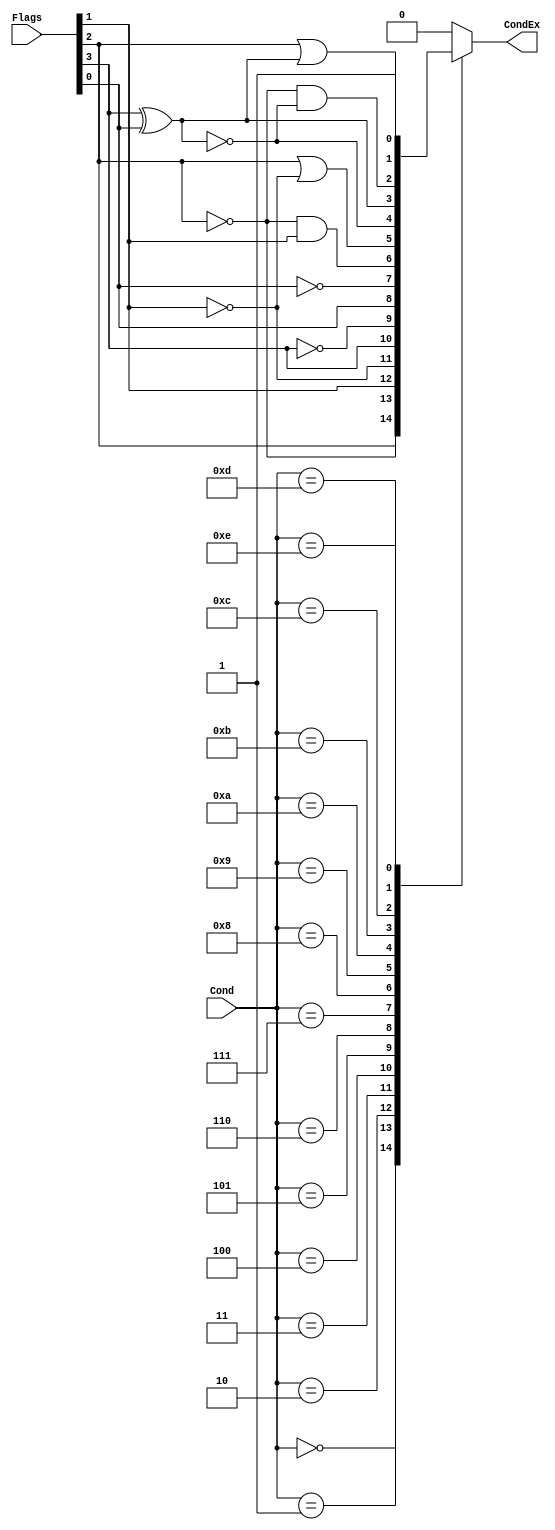
`timescale 1ns / 1ps
//////////////////////////////////////////////////////////////////////////////////
// Company: SUSTech
// Module Name: ConditionCheck
// Project Name: Processor
// Tool Versions: Vivado 2021.2
// Description: 
//
//////////////////////////////////////////////////////////////////////////////////


module ConditionCheck(
    input [3:0] Cond,
    input [3:0] Flags,
    output reg CondEx
    );
    
    wire N, Z, C, V;
    
    assign {N, Z, C, V} = Flags;
    
    always @(*) begin
        case (Cond)
            4'b0000: CondEx = Z;
            4'b0001: CondEx = ~Z;
            4'b0010: CondEx = C;
            4'b0011: CondEx = ~C;
            4'b0100: CondEx = N;
            4'b0101: CondEx = ~N;
            4'b0110: CondEx = V;
            4'b0111: CondEx = ~V;
            4'b1000: CondEx = ~Z & C;
            4'b1001: CondEx = Z | (~C);
            4'b1010: CondEx = ~(N ^ V);
            4'b1011: CondEx = N ^ V;
            4'b1100: CondEx = ~Z & ~(N ^ V);
            4'b1101: CondEx = Z | (N ^ V);
            4'b1110: CondEx = 1'b1;
            default: CondEx = 1'b0;
        endcase
    end
endmodule